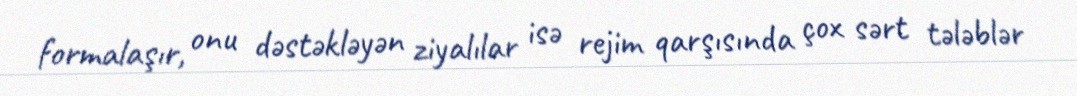
formalaşır, onu dəstəkləyən ziyalılar isə rejim qarşısında çox sərt tələblər